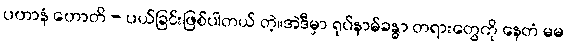
ပဟာနံ ဟောတိ - ပယ်ခြင်းဖြစ်ပါတယ် တဲ့။အဲဒီမှာ ရုပ်နာမ်ခန္ဓာ တရားတွေကို နေတံ မမ